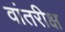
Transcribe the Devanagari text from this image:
वांतरीक्ष